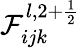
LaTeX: \mathcal{F}_{ijk}^{l,2+\frac{1}{2}}